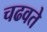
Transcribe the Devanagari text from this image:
चढवते